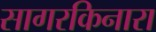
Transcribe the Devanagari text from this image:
सागरकिनारा